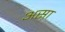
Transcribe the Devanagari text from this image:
अस़ा